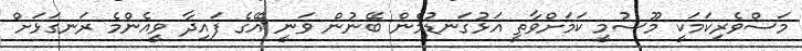
މަސްވެރިކަމަކީ މޫސުމީ ކަމަށްވާތީ އަޅުގަނޑުމެން ބޭނުން ވަނީ އޭގެ ފައިދާ ވީއެންމެ ރަނގަޅަށް